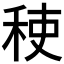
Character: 𮃂